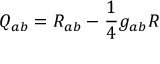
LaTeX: \displaystyle Q _ { a b } = R _ { a b } - { \frac { 1 } { 4 } } g _ { a b } R